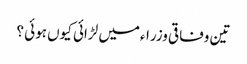
تین وفاقی وزراءمیں لڑائی کیوں ہوئی ؟